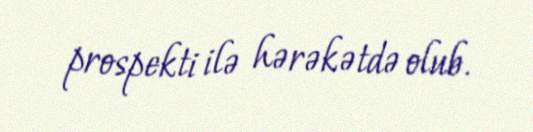
prospekti ilə hərəkətdə olub.